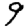
Digit: 9